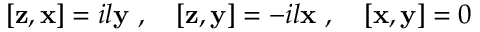
[ { \bf z } , { \bf x } ] = i l { \bf y } ~ , ~ ~ ~ [ { \bf z } , { \bf y } ] = - i l { \bf x } ~ , ~ ~ ~ [ { \bf x } , { \bf y } ] = 0